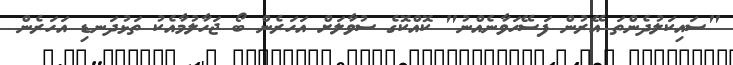
"ސައިކަލުދެންތަ އޭރުން ފަސޭހަވާނެއްނު" ކޮއްކޮގެ ސުވާލަށް އަހަރެން ބޯ ޖަހާލުމާއެކު ތަޅުދަނޑި އަހަރެން